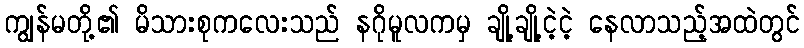
ကျွန်မတို့၏ မိသားစုကလေးသည် နဂိုမူလကမှ ချို့ချို့ငဲ့ငဲ့ နေလာသည့်အထဲတွင်